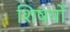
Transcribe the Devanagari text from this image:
शिषयों